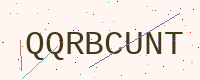
Text: QQRBCUNT